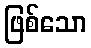
ဖြစ်သော